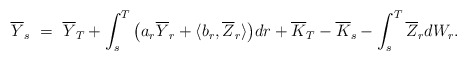
\begin{align*}\overline{Y}_s \ = \ \overline{Y}_T + \int_s^T \big(a_r\overline{Y}_r + \langle b_r,\overline{Z}_r\rangle\big)dr + \overline{K}_T - \overline{K}_s - \int_s^T \overline{Z}_r dW_r.\end{align*}